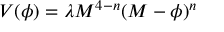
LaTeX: V ( \phi ) = \lambda M ^ { 4 - n } ( M - \phi ) ^ { n }